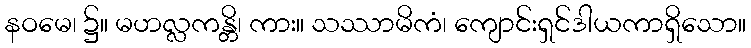
နဝမေ၊ ၌။ မဟလ္လကန္တိ၊ ကား။ သဿာမိကံ၊ ကျောင်းရှင်ဒါယကာရှိသော။